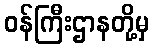
ဝန်ကြီးဌာနတို့မှ